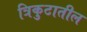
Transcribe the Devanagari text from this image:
त्रिकुटातील